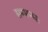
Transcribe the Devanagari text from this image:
सम्बन्धः